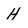
Character: H